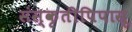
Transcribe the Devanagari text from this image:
संस्कृतीपिपासू